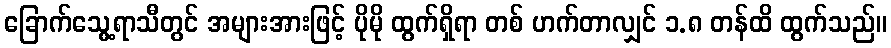
ခြောက်သွေ့ရာသီတွင် အများအားဖြင့် ပိုမို ထွက်ရှိရာ တစ် ဟက်တာလျှင် ၁.၈ တန်ထိ ထွက်သည်။